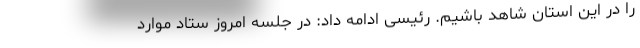
را در این استان شاهد باشیم. رئیسی ادامه داد: در جلسه امروز ستاد موارد